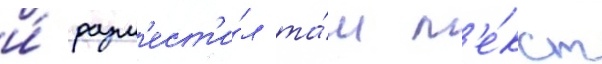
и́ разм'ест'и́л та́м т'е́кст